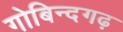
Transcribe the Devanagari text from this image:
गोबिन्दगढ़